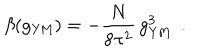
LaTeX: \beta ( g _ { \mathrm { Y M } } ) = - \frac { N } { 8 \pi ^ { 2 } } \, g _ { \mathrm { Y M } } ^ { 3 } ~ ~ .